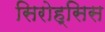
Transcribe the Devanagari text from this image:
सिरोह्सिस